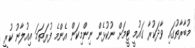
މުބާރާތުގައި ވާދަކުރާ ގައުމީ ޓީމަށް ނުކުޅެން ނިންމިކަން އެންމެ ފުރަތަމަ އިއުލާނު ކުރީ